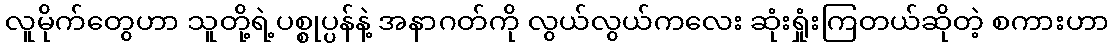
လူမိုက်တွေဟာ သူတို့ရဲ့ပစ္စုပ္ပန်နဲ့ အနာဂတ်ကို လွယ်လွယ်ကလေး ဆုံးရှုံးကြတယ်ဆိုတဲ့ စကားဟာ